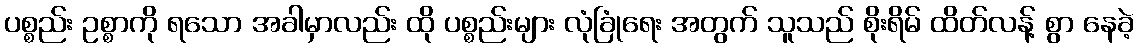
ပစ္စည်း ဥစ္စာကို ရသော အခါမှာလည်း ထို ပစ္စည်းများ လုံခြုံရေး အတွက် သူသည် စိုးရိမ် ထိတ်လန့် စွာ နေခဲ့